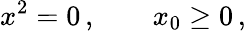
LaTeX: x^{2}=0\, ,\; \; \; \; \; \; \; x_{0}\geq 0\, ,